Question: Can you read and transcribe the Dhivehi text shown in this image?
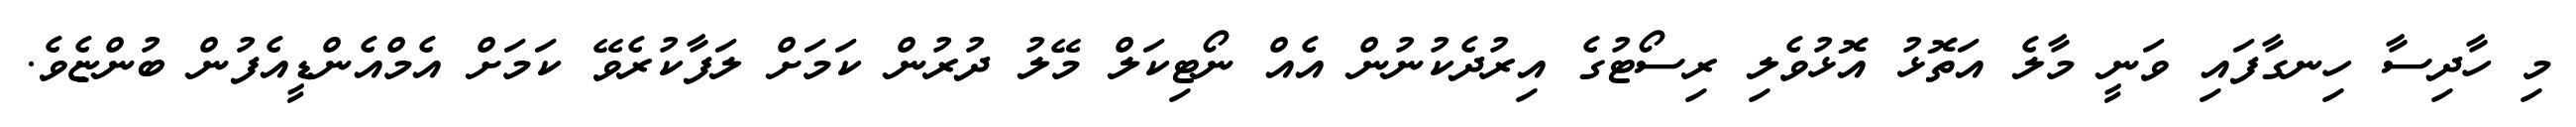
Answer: މި ހާދިސާ ހިނގާފައި ވަނީ މާލެ އަތޮޅު އޮޅުވެލި ރިސޯޓުގެ އިރުދެކުނުން އެއް ނޯޓިކަލް މޭލު ދުރުން ކަމަށް ލަފާކުރެވޭ ކަމަށް އެމްއެންޑީއެފުން ބުންޏެވެ.